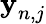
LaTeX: \textbf{y}_{n,j}